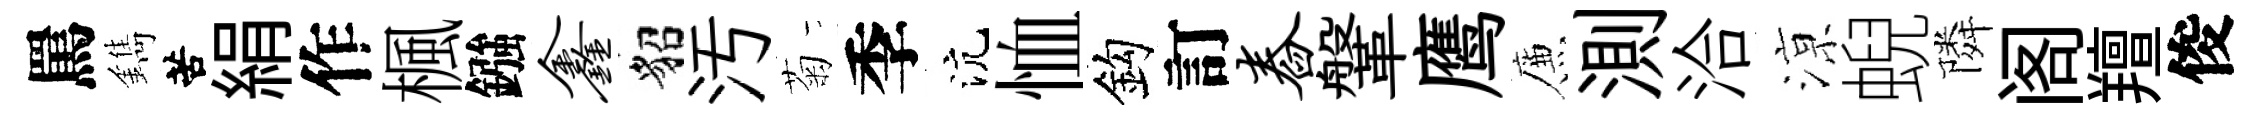
罵鐫苦絹作楓鏹鑫貂汚菊季沆恤鈎訂舂鞶鹰簾測洽鿌蜺隣阁羶俊